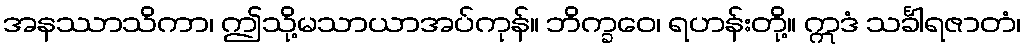
အနဿာသိကာ၊ ဤသို့မသာယာအပ်ကုန်။ ဘိက္ခဝေ၊ ရဟန်းတို့။ ဣဒံ သင်္ခါရဇာတံ၊